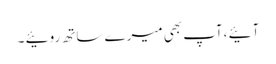
آئیے ،آپ بھی میرے ساتھ روئیے ۔